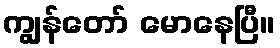
ကျွန်တော် မောနေပြီ။